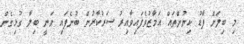
މި ބިލަށް ފާޑު ކިޔުންތައް އަމާޒުވެފައިވާއިރު ސަރުކާރުން ބުނެފައި ވަނީ ބިލާ ގުޅިގެން